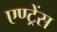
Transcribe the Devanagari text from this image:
एण्ट्रेंस